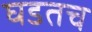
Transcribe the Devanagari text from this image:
घडतच